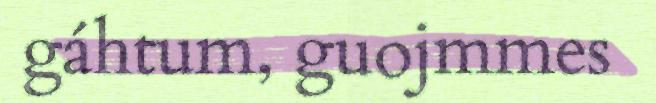
gáhtum, guojmmes